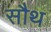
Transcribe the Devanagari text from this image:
सौथ